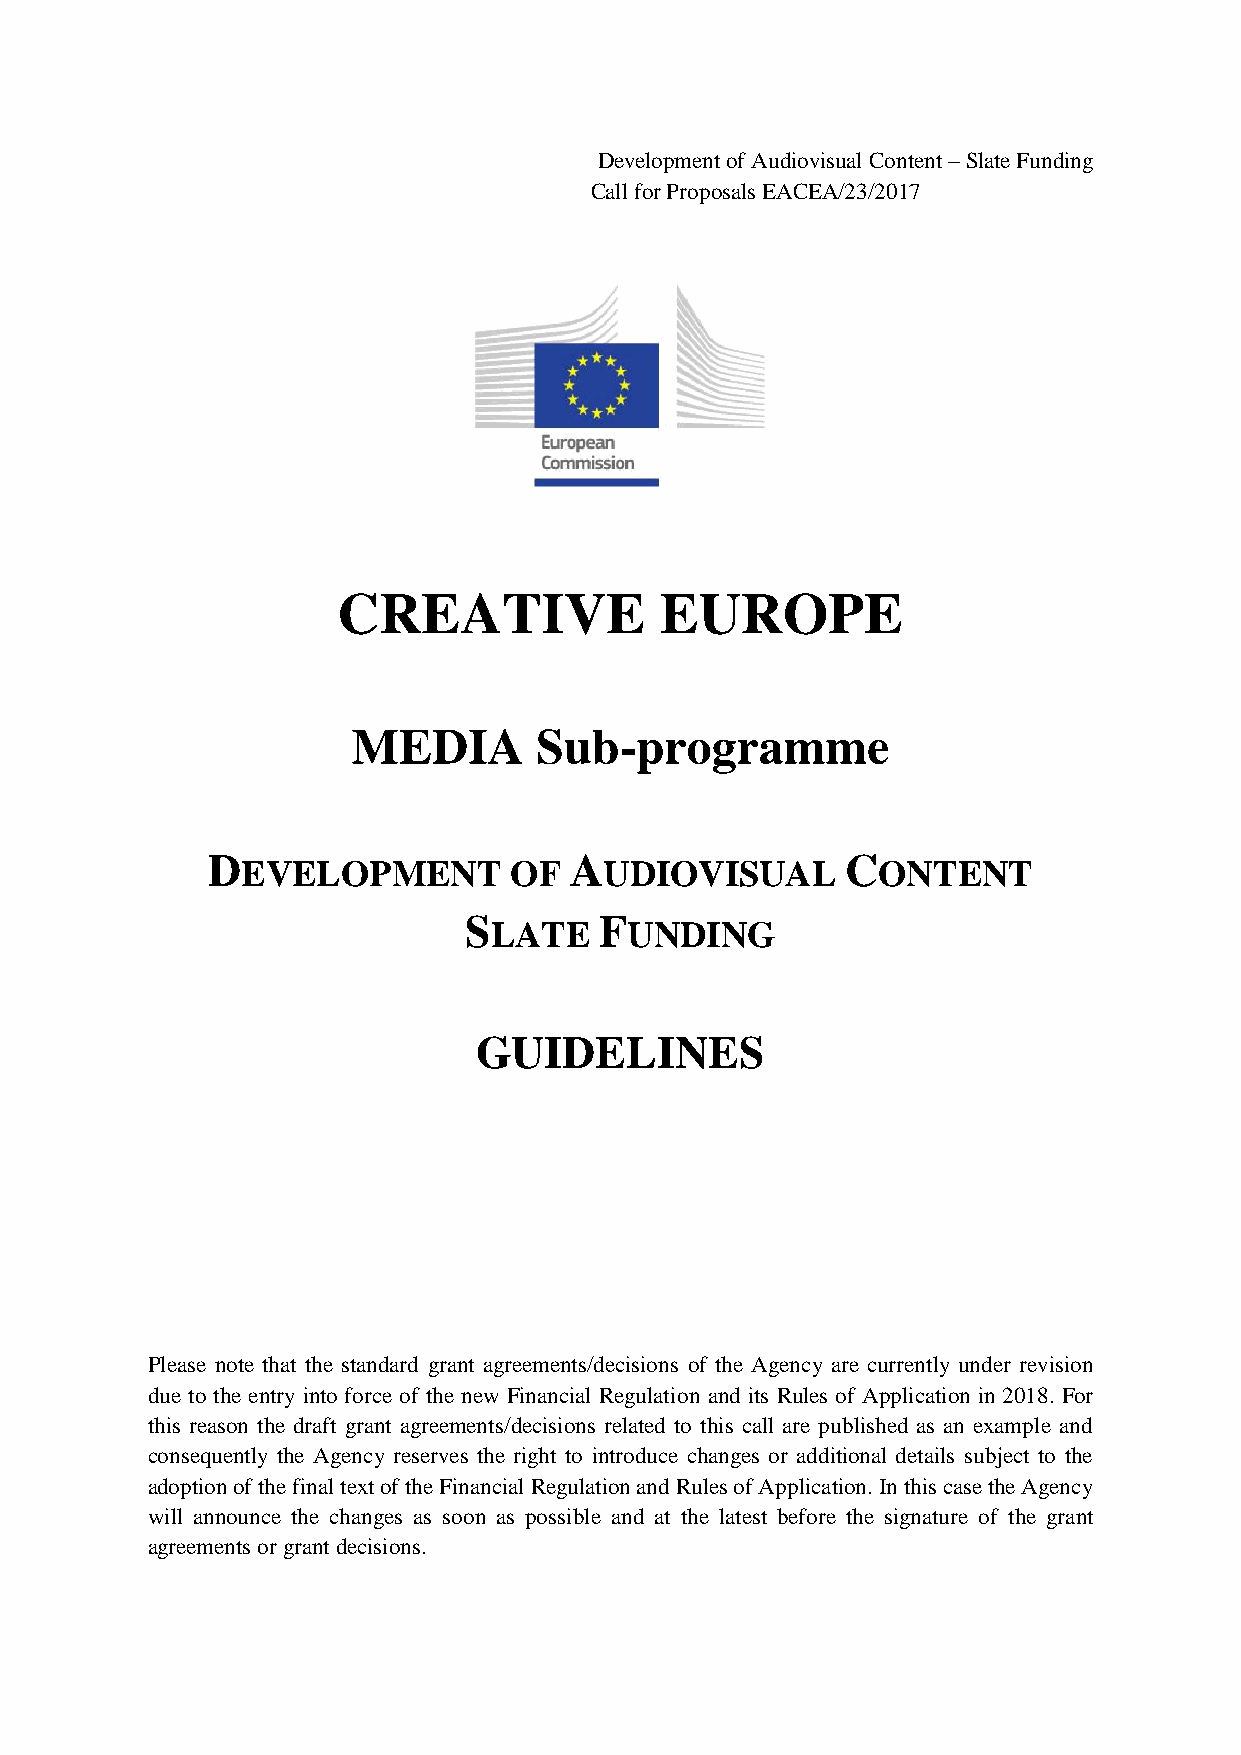
Development of Audiovisual Content – Slate Funding
 Call for Proposals EACEA/23/2017
 CREATIVE              EUROPE
 MEDIA       Sub-programme
 D                       A                 C
 EVELOPMENT        OF    UDIOVISUAL        ONTENT
 S        F
 LATE      UNDING
 GUIDELINES
 Please note that the standard grant agreements/decisions of the Agency are currently under revision
 due to the entry into force of the new Financial Regulation and its Rules of Application in 2018. For
 this reason the draft grant agreements/decisions related to this call are published as an example and
 consequently the Agency reserves the right to introduce changes or additional details subject to the
 adoption of the final text of the Financial Regulation and Rules of Application. In this case the Agency
 will announce the changes as soon as possible and at the latest before the signature of the grant
 agreements or grant decisions.